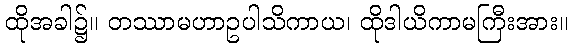
ထိုအခါ၌။ တဿာမဟာဥပါသိကာယ၊ ထိုဒါယိကာမကြီးအား။